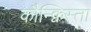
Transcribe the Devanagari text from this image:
कौन्क्विस्ता